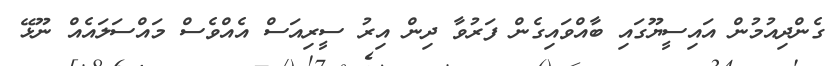
ގެންދިއުމުން އައިސީޔޫގައި ބާއްވައިގެން ފަރުވާ ދިން އިރު ސީރިއަސް އެއްވެސް މައްސަލައެއް ނޫޅޭ